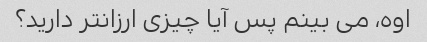
اوه، می بینم پس آیا چیزی ارزانتر دارید؟